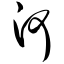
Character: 河